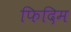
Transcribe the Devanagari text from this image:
फिदिम